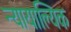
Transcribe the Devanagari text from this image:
न्यायाल्यिक